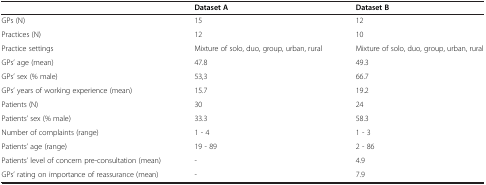
|  | Dataset A | Dataset B |
 | --- | --- | --- |
 | GPs (N) | 15 | 12 |
 | Practices (N) | 12 | 10 |
 | Practice settings | Mixture of solo, duo, group, urban, rural | Mixture of solo, duo, group, urban, rural |
 | GPs’ age (mean) | 47.8 | 49.3 |
 | GPs’ sex (% male) | 53,3 | 66.7 |
 | GPs’ years of working experience (mean) | 15.7 | 19.2 |
 | Patients (N) | 30 | 24 |
 | Patients’ sex (% male) | 33.3 | 58.3 |
 | Number of complaints (range) | 1 - 4 | 1 - 3 |
 | Patients’ age (range) | 19 - 89 | 2 - 86 |
 | Patients’ level of concern pre-consultation (mean) | - | 4.9 |
 | GPs’ rating on importance of reassurance (mean) | - | 7.9 |